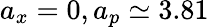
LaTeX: a_{x}=0,a_{p}\simeq 3.81